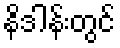
နိဒါန်းတွင်